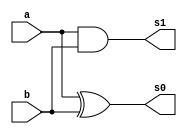
// Nome: Andre Sulivam 391998
// Guia 05 ex03

module MeiaSoma (s1,s0,a,b);
output s1,s0;
input a,b;
	
	xor XOR1 (s0,a,b);
	and AND1 (s1,a,b);

endmodule // end MeiaSoma



module SomaCompleta (s1,s0,a,b,c);
output s1,s0;
input a,b,c;

	MeiaSoma MS1 (s2,s3,a,b);
	MeiaSoma MS2 (s4,s0,s3,c);
	or OR1 (s1,s2,s4);
	
	endmodule // end SomaCompleta



module ProdutoCompleto (s0,s1,s2,s3,a0,a1,b0,b1,e);
output s0,s1,s2,s3;
input a0,a1,b0,b1,e;
wire c1,c2,c3;

	and AND1 (c1,b1,a0);
	and AND2 (c2,b1,a1);
	and AND3 (c3,a1,b0);
	and AND4 (s0,a0,b0);


SomaCompleta SC (se,s1,c3,c1,e);
SomaCompleta SC2 (s3,s2,c2,e,se);

endmodule // end module ProdutoCompleto



module testProduto;
 reg  a0,a1,b0,b1,e;
  wire s0,s1,s2,s3;
  

ProdutoCompleto PD1 (s0,s1,s2,s3,a0,a1,b0,b1,e);

 
 initial begin
      
		a0=0; a1=0; b0=0; b1=0; e=0;

end
     
	  
 initial begin
     
	   $display("Andre Sulivam 391998");
      $display("Guia 05 Ex:03");
      $display("Produto completo - 2 bits");
		
      $monitor("%b %b x %b %b = %b %b %b %b",a1,a0,b1,b0,s3,s2,s1,s0 );
  		
  #1 b0=1;		
  #1 b1=1;b0=0;
  #1 b0=1;   		
  #1 a0=1;b1=0;b0=0;
  #1 b0=1;		
  #1 b1=1;b0=0;
  #1 b0=1;	
  #1 a1=1;a0=0;b1=0;b0=0;
  #1 b0=1;		
  #1 b1=1;b0=0;
  #1 b0=1;   		
  #1 a0=1;b1=0;b0=0;
  #1 b0=1;		
  #1 b1=1;b0=0;
  #1 b0=1;	

    
  
   end
endmodule